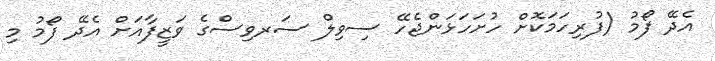
އެދޭ ފޯމު (ފުރިހަމަކޮށް ހުށަހަޅަންޖެހޭ ސިވިލް ސަރވިސްގެ ވަޒީފާއަށް އެދޭ ފޯމު މި